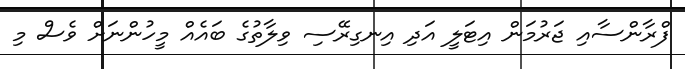
ފްރާންސާއި ޖަރުމަން އިޓަލީ އަދި އިނގިރޭސި ވިލާތުގެ ބައެއް މީހުންނަށް ވެސް މި